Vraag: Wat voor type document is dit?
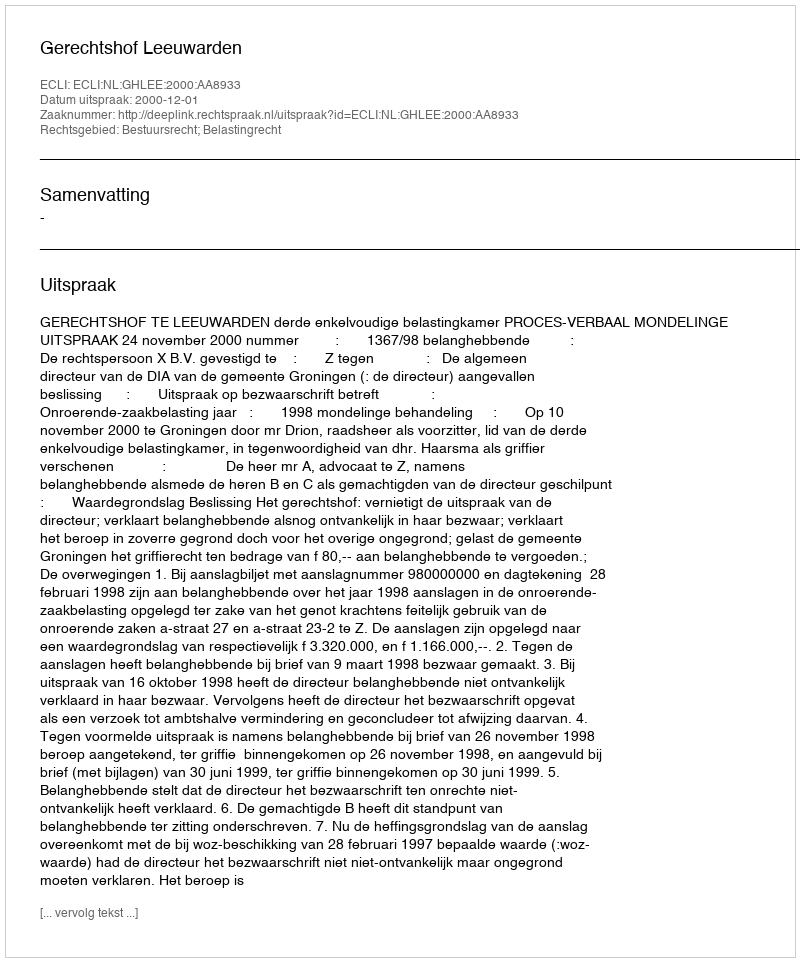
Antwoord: Uitspraak